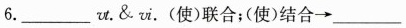
6.___vt.&ⅵ.(使)联合；(使)结合→___